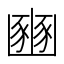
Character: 豳